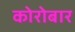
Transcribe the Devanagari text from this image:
कोरोबार